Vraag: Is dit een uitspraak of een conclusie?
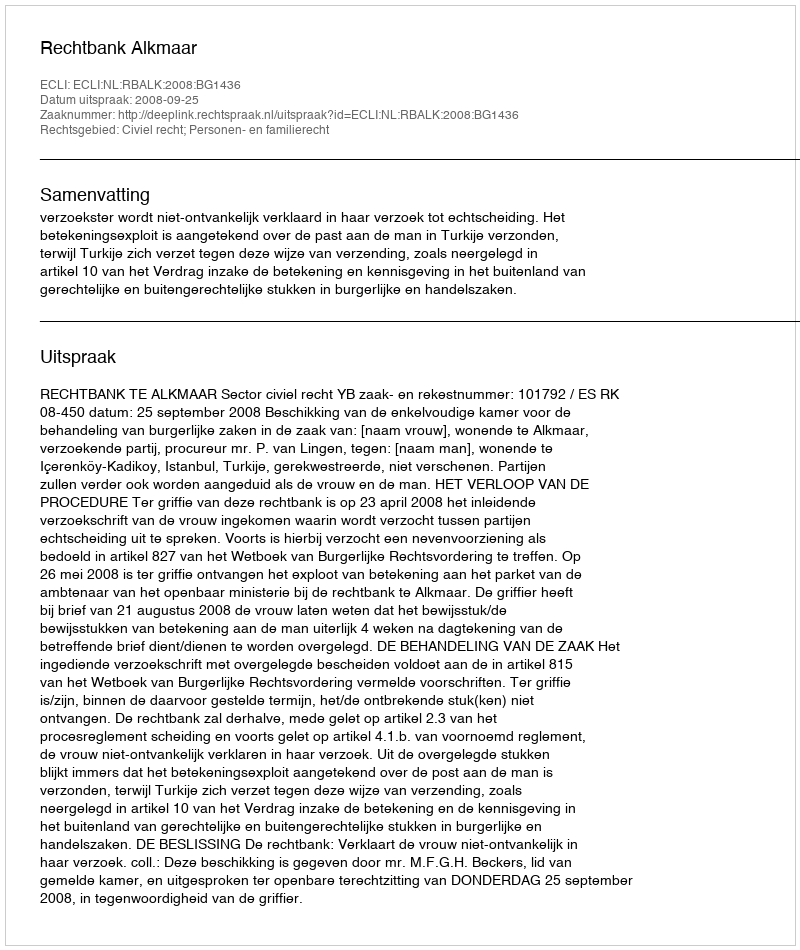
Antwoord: Uitspraak